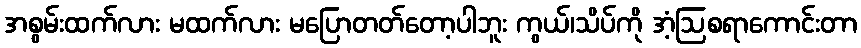
အစွမ်းထက်လား မထက်လား မပြောတတ်တော့ပါဘူး ကွယ်၊သိပ်ကို အံ့ဩစရာကောင်းတာ